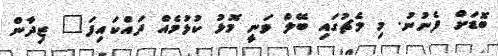
ބޮޑަށް ފެނުނު. މި މެޗުގައި ބޭލް ވަނީ މޮޅު ކުޅުމެއް ދައްކައިފަ" ޒިދާން